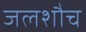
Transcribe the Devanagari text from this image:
जलशौच